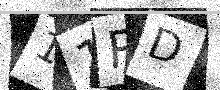
Text: 11RD